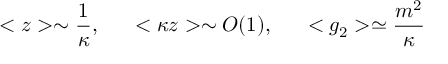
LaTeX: < z > \sim \frac { 1 } { \kappa } , ~ ~ ~ ~ < \kappa z > \sim O ( 1 ) , ~ ~ ~ ~ < g _ { 2 } > \simeq \frac { m ^ { 2 } } { \kappa }